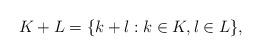
LaTeX: \begin{align*} K+L = \{ k+l : k\in K, l\in L\}, \end{align*}